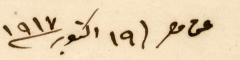
عن مصر ١٩ اكتوبر ٩١٧